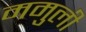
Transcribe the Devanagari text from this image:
ममुली